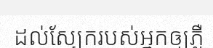
ដល់ស្បែករបស់អ្នកឲ្យភ្លឺ